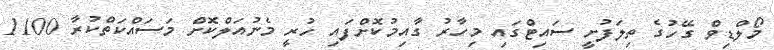
މޯލްޑިވް ގޭހުގެ ތިލަފުށީ ސައިޓްގައި މިހާރު ގާއިމުކޮށްފައި ހުރީ މެނުއަލްކޮށް މަސައްކަތްކުރާ 1100